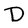
Character: D